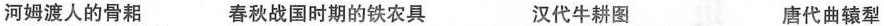
河姆渡人的骨耜 春秋战国时期的铁农具 汉代牛耕图 唐代曲辕犁